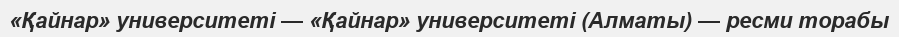
«Қайнар» университеті — «Қайнар» университеті (Алматы) — ресми торабы